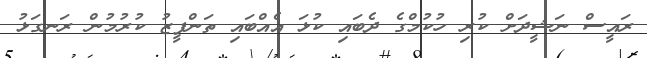
ރައީސް ނަޝީދަށް ކުރި ހުކުމްގެ ދެބައި ކުޅަ އެއްބައި ތަންފީޒު ކުރުމުން ރަނގަޅު